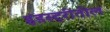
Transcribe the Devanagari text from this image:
इंडस्ट्रीतील